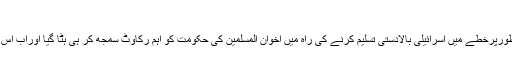
آزادی فلسطین کیلئے
مسئلہ فلسطین پر بین السطور عرب دنیا کے بیک فٹ پر آنے اور غیرعلانیہ طورپرخطے میں اسرائیلی بالادستی تسلیم کرنے کی راہ میں اخوان المسلمین کی حکومت کو اہم رکاوٹ سمجھ کر ہی ہٹا گیا اوراب اس راہ کاآخری پتھر سمجھے جانے والے مرسی سے بھی جان چھڑا لی گئ ہے۔